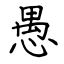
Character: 愚